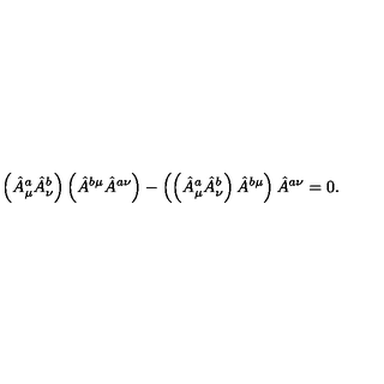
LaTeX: \left( \hat { A } _ { \mu } ^ { a } \hat { A } _ { \nu } ^ { b } \right) \left( \hat { A } ^ { b \mu } \hat { A } ^ { a \nu } \right) - \left( \left( \hat { A } _ { \mu } ^ { a } \hat { A } _ { \nu } ^ { b } \right) \hat { A } ^ { b \mu } \right) \hat { A } ^ { a \nu } = 0 .